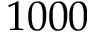
1 0 0 0